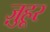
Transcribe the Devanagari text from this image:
ज़ुहूर